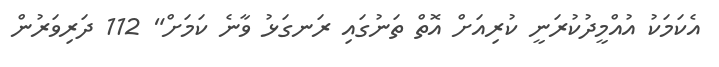
އެކަމަކު އުއްމީދުކުރަނީ ކުރިއަށް އޮތް ތަނުގައި ރަނގަޅު ވާނެ ކަމަށް" 112 ދަރިވަރުން